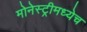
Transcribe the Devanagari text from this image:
मोनेस्ट्रीमध्येच